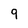
Character: 9